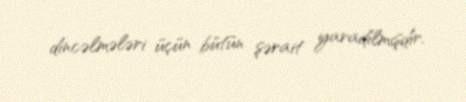
dincəlmələri üçün bütün şərait yaradılmışdır.